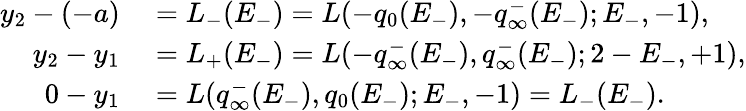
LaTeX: \begin{array}{rl}{y_{2}-(-a)}&{{}=L_{-}(E_{-})=L(-q_{0}(E_{-}),-q_{\infty}^{-}(E_{-});E_{-},-1),}\\ {y_{2}-y_{1}}&{{}=L_{+}(E_{-})=L(-q_{\infty}^{-}(E_{-}),q_{\infty}^{-}(E_{-});2-E_{-},+1),}\\ {0-y_{1}}&{{}=L(q_{\infty}^{-}(E_{-}),q_{0}(E_{-});E_{-},-1)=L_{-}(E_{-}).}\end{array}